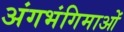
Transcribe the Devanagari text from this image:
अंगभंगिमाओं